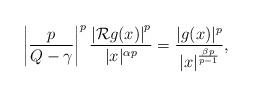
LaTeX: \begin{align*}\left|\frac{p}{Q-\gamma}\right|^{p}\frac{\left|\mathcal{R}g(x)\right|^{p}}{|x|^{\alpha p}}=\frac{|g(x)|^{p}}{|x|^{\frac{\beta p}{p-1}}},\end{align*}